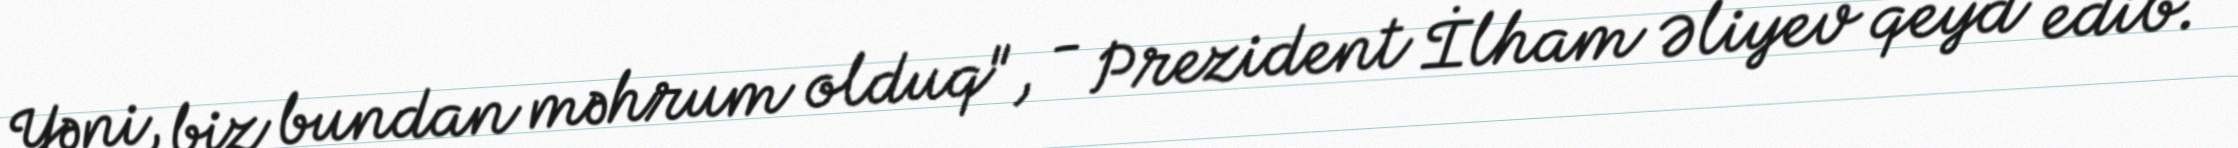
Yəni, biz bundan məhrum olduq", - Prezident İlham Əliyev qeyd edib.